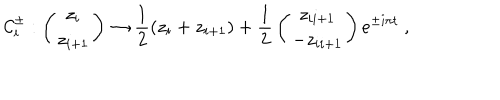
LaTeX: { \cal C } _ { i } ^ { \pm } : \left( { z _ { i } \atop z _ { i + 1 } } \right) \to { \frac { 1 } { 2 } } ( z _ { i } + z _ { i + 1 } ) + { \frac { 1 } { 2 } } \left( { z _ { i i + 1 } \atop - z _ { i i + 1 } } \right) e ^ { \pm i \pi t } \ ,